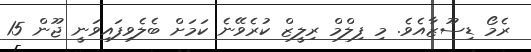
ރެމޯ ޑިސޫޒާއެވެ. މި ފިލްމް ރިލީޒް ކުރެވޭނެ ކަމަށް ބެލެވިފައިވަނީ ޖޫން 15